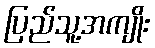
ပြည်သူ့အကျိုး